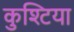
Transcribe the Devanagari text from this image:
कुश्टिया